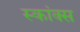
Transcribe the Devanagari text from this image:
स्कांक्स